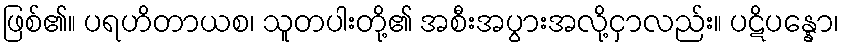
ဖြစ်၏။ ပရဟိတာယစ၊ သူတပါးတို့၏ အစီးအပွားအလို့ငှာလည်း။ ပဋိပန္နော၊